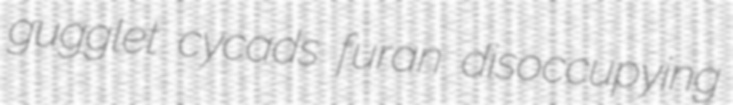
gugglet cycads furan disoccupying